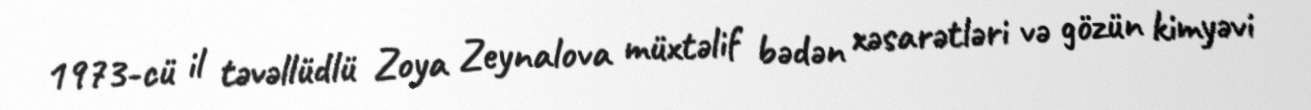
1973-cü il təvəllüdlü Zoya Zeynalova müxtəlif bədən xəsarətləri və gözün kimyəvi